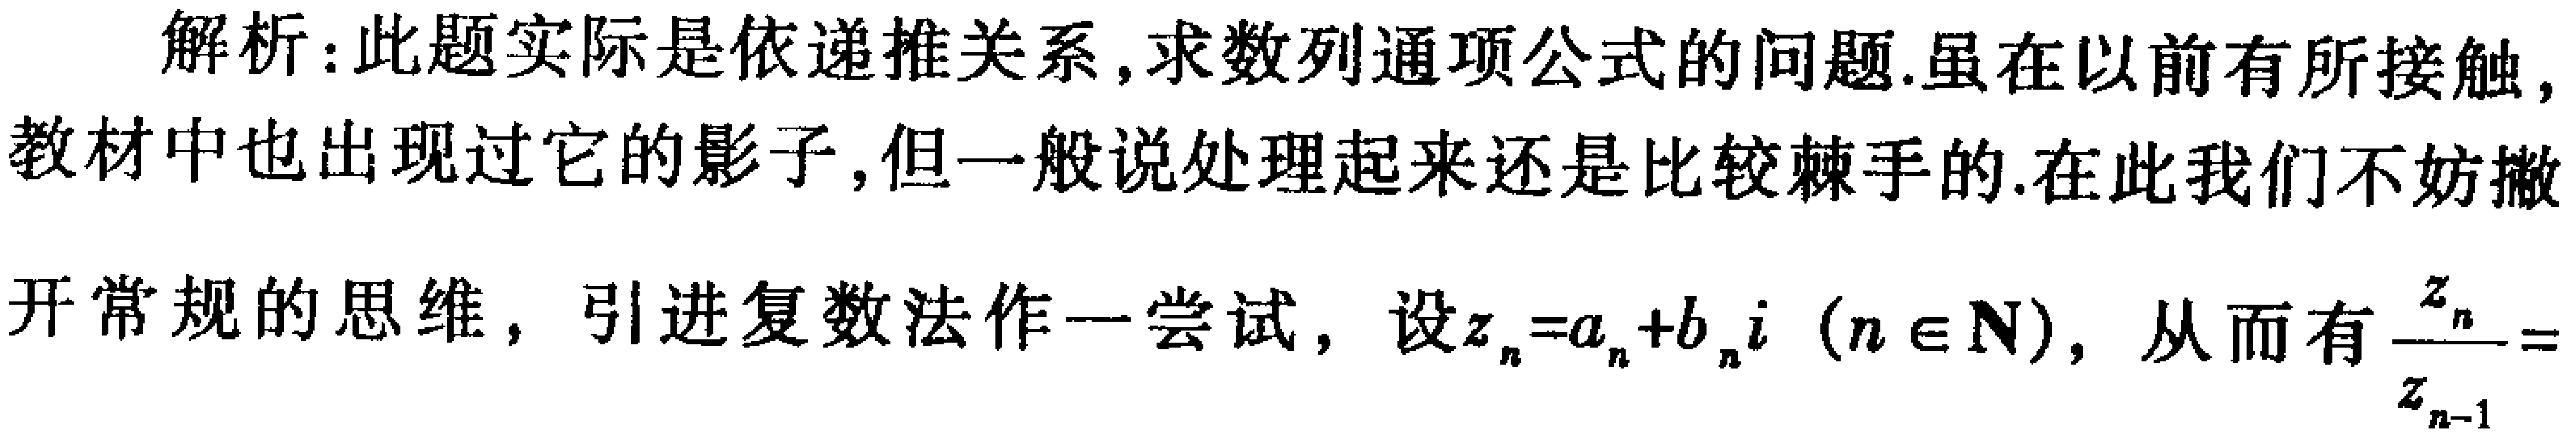
解析：此题实际是依递推关系,求数列通项公式的问题.虽在以前有所接触,教材中也出现过它的影子,但一般说处理起来还是比较棘手的.在此我们不妨撤
开常规的思维，引进复数法作一尝试，设\(z_{n}=a_{n}+b_{n}i\ (n\in\mathbf{N})\)，从而有\(\frac{z_{n}}{z_{n - 1}}=\)